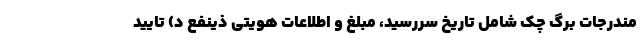
مندرجات برگ چک شامل تاریخ سررسید، مبلغ و اطلاعات هویتی ذینفع د) تایید